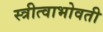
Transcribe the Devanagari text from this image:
स्त्रीत्वाभोवती